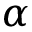
\alpha